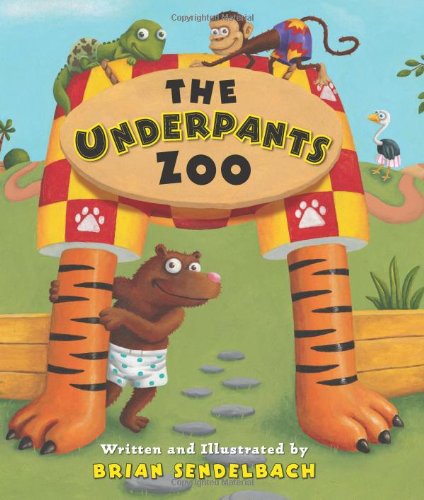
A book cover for The Underpants Zoo; Brian Sendelbach; Children's Books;